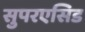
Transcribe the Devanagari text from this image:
सुपरएसिड